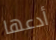
أدعها